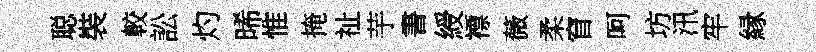
聪裝較訟灼晞惟掩祉芋書綬褾薇柔窅呵坊汛牢縁